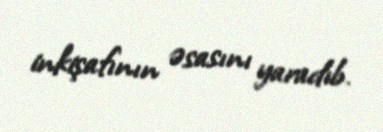
inkişafının əsasını yaradıb.